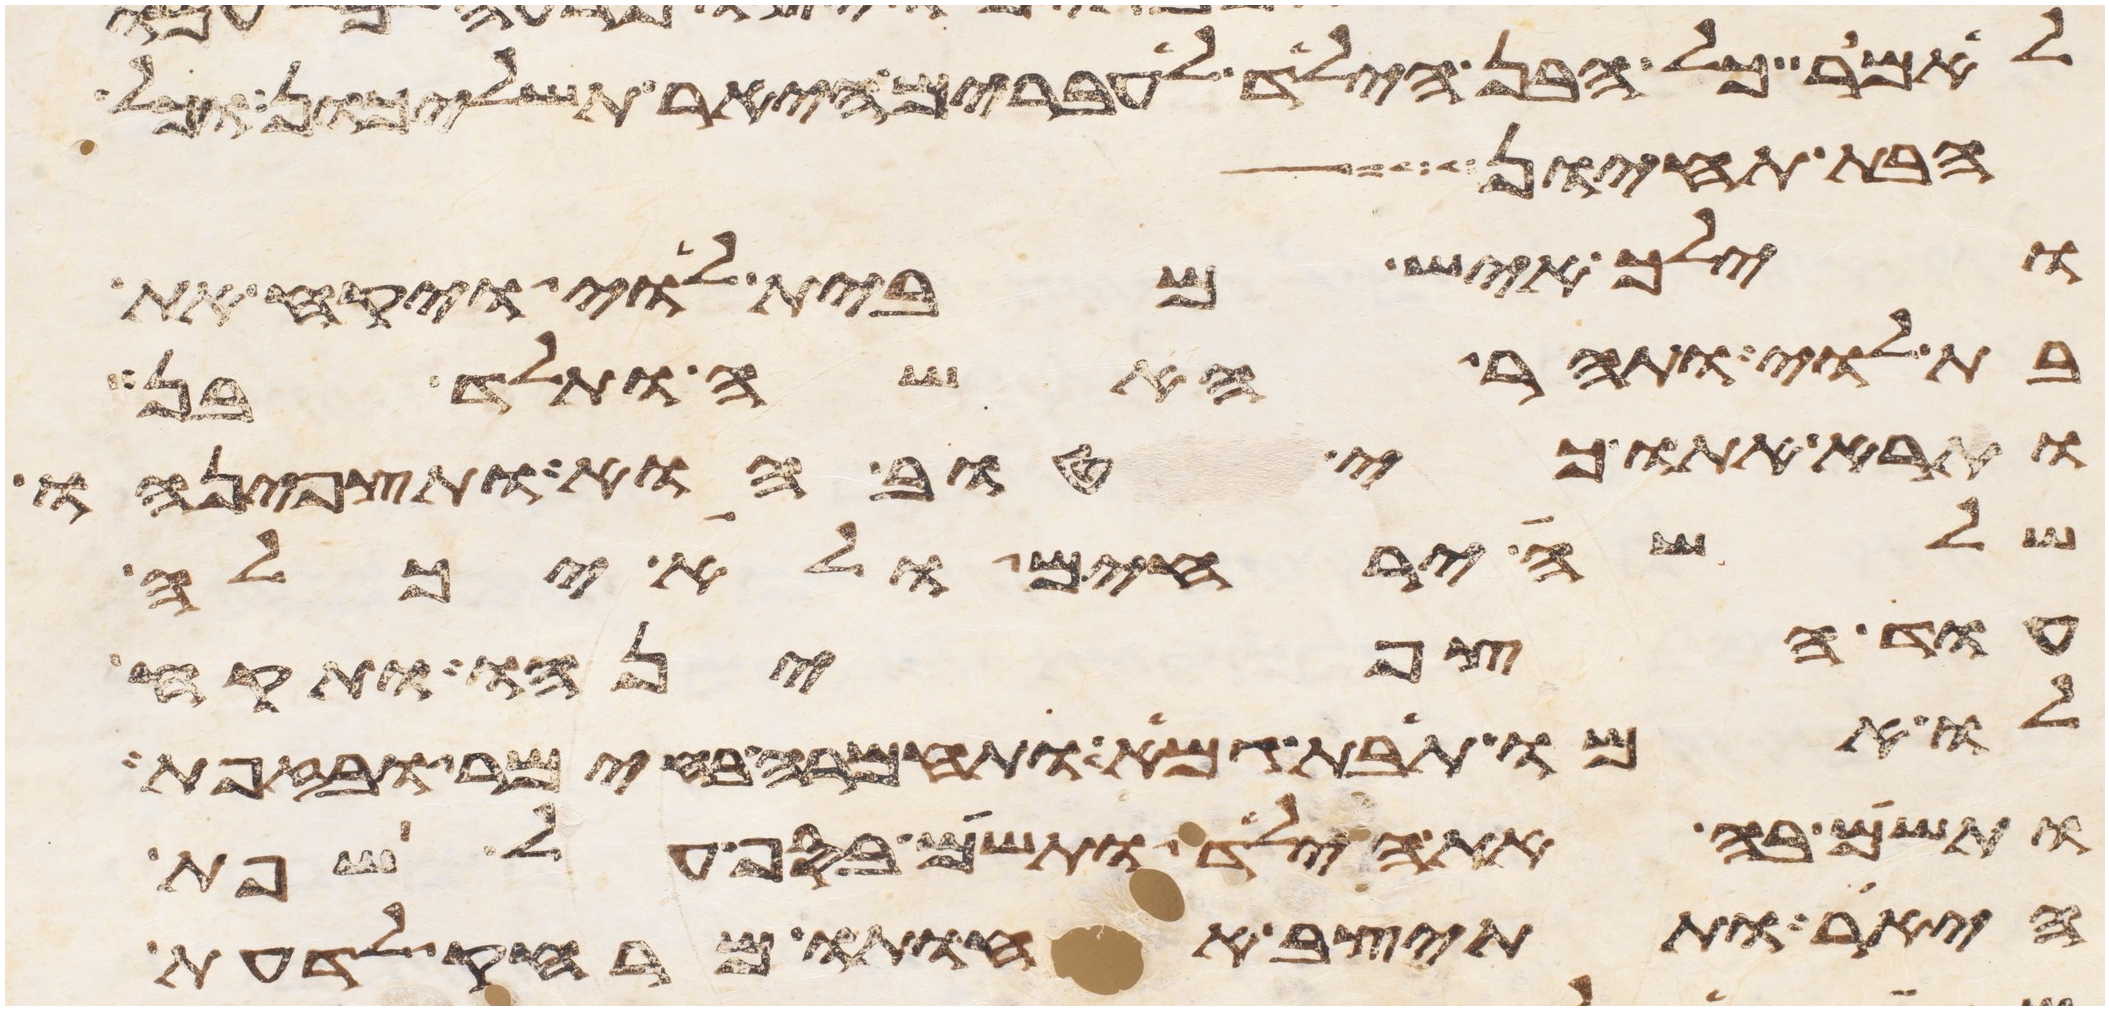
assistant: לאמר כל הבן הילד לעברים היאר תשליכון וכל
הבת תחיון
וילך איש מבית לוי ויקח את
בת לוי ותהר האשה ותלד בן
ותרא אתו כי טוב הוא ותצפנהו
שלשה ירחים ולא יכלה
עוד הצפנהו ותקח
לו אמו תבת גמא ותחמרה בחימר ובזפת
ותשם בה את הילד ותשם בסף על שפת
היאר ותתיצב אחותו מרחק לדעת